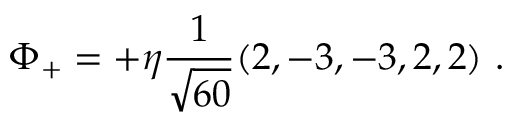
\Phi _ { + } = + \eta { \frac { 1 } { \sqrt { 6 0 } } } ( 2 , - 3 , - 3 , 2 , 2 ) \ .